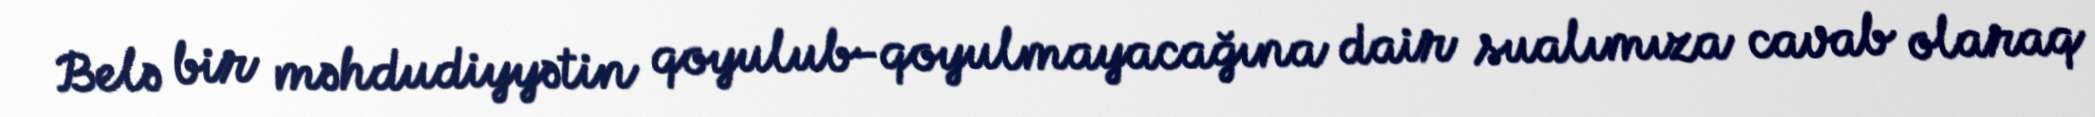
Belə bir məhdudiyyətin qoyulub-qoyulmayacağına dair sualımıza cavab olaraq